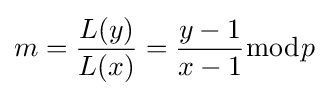
m={\frac {L(y)}{L(x)}}={\frac {y-1}{x-1}}{\bmod {p}}